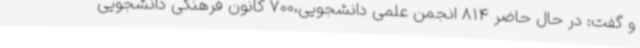
و گفت: در حال حاضر 814 انجمن علمی دانشجویی،700 کانون فرهنگی دانشجویی